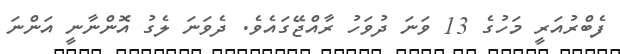
ފެބްރުއަރީ މަހުގެ 13 ވަނަ ދުވަހު ރާއްޖޭގައެވެ. ދެވަނަ ލެގު އޮންނާނީ އަންނަ